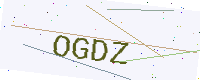
Text: OGDZ